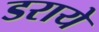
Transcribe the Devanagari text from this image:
डराये